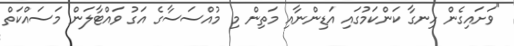
"ވަށައިގެން ހިނގާ ކަންކަމުގައި އަޑިންނާއި މަތިން މި މުއްސަސާގެ އަގު ވައްޓާލަން މަސައްކަތް